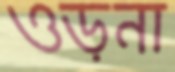
ওড়না